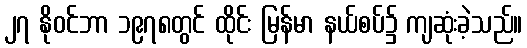
၂၇ နိုဝင်ဘာ ၁၉၇၈တွင် ထိုင်း မြန်မာ နယ်စပ်၌ ကျဆုံးခဲ့သည်။